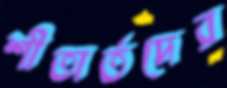
শীতার্তদের